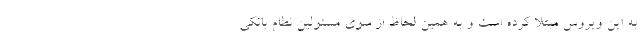
به این ویروس مبتلا کرده است و به همین لحاظ از سوی مسئولین نظام بانکی